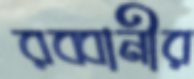
রব্বানীর